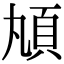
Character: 𩑖